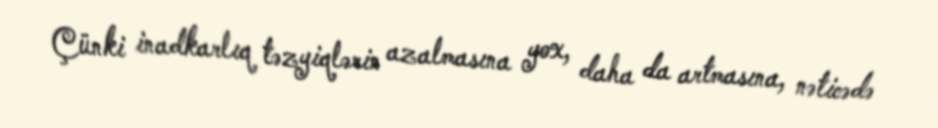
Çünki inadkarlıq təzyiqlərin azalmasına yox, daha da artmasına, nəticədə